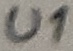
Text: U1